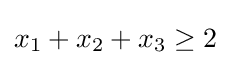
x_{1}+x_{2}+x_{3}\geq 2